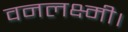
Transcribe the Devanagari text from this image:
वनलक्ष्मी।